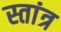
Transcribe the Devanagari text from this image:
स्तांत्र